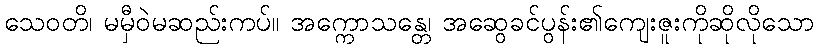
သေဝတိ၊ မမှီဝဲမဆည်းကပ်။ အက္ကောသန္တေ၊ အဆွေခင်ပွန်း၏ကျေးဇူးကိုဆိုလိုသော